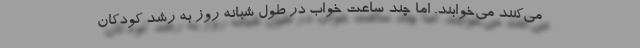
می‌کنند می‌خوابند. اما چند ساعت خواب در طول شبانه روز به رشد کودکان